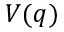
V ( q )